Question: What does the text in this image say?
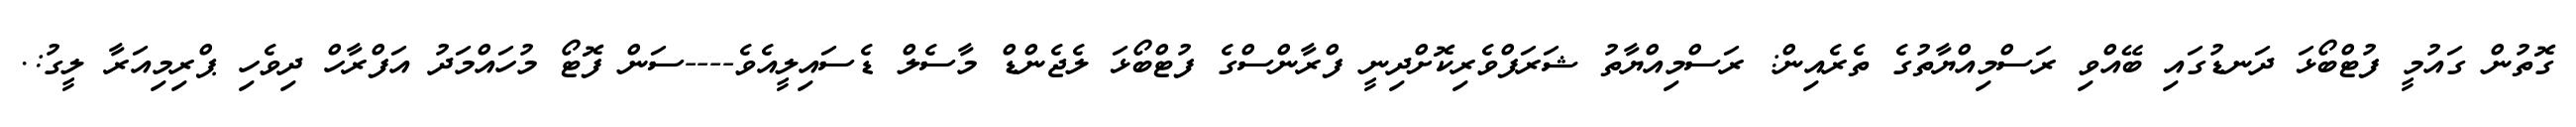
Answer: ގޮތުން ގައުމީ ފުޓްބޯޅަ ދަނޑުގައި ބޭއްވި ރަސްމިއްޔާތުގެ ތެރެއިން: ރަސްމިއްޔާތު ޝަރަފްވެރިކޮށްދިނީ ފްރާންސްގެ ފުޓްބޯޅަ ލެޖެންޑް މާސެލް ޑެސައިލީއެވެ----ސަން ފޮޓޯ މުހައްމަދު އަފްރާހް ދިވެހި ޕްރިމިއަރާ ލީގު:.